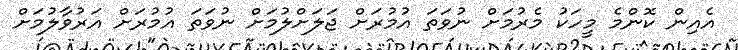
އެއިން ކޮންމެ މީހަކު މެރުމަށް ނުވަތަ އުމުރަށް ޖަލަށްލުމަށް ނުވަތަ އުމުރަށް އަރުވާލުމަށް